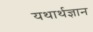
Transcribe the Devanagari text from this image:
यथार्थज्ञान